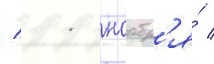
/ 11 ноабр'я́ /